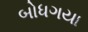
બોધગયા